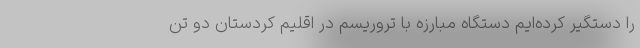
را دستگیر کرده‌ایم دستگاه مبارزه با تروریسم در اقلیم کردستان دو تن